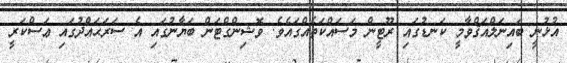
އުޅުނީ ބައިނަލްއަޤްވާމީ ކަނޑުގައި ރޫޓީން މަސައްކަތެއްގައެވެ. ވޮޝިންގްޓަން ބަޔާނުގައި އެ ސަރަޙައްދުގައި ޢަސްކަރީ